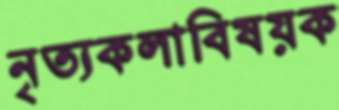
নৃত্যকলাবিষয়ক